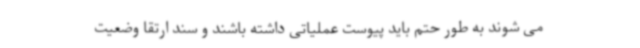
می شوند به طور حتم باید پیوست عملیاتی داشته باشند و سند ارتقا وضعیت